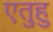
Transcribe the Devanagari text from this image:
एतुहु